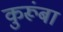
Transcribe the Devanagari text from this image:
कुरूंबा